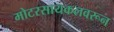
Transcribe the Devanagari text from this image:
मोटरसायकलवरून